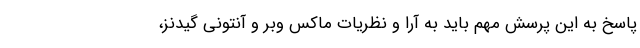
پاسخ به این پرسش مهم باید به آرا و نظریات ماکس وبر و آنتونی گیدنز،